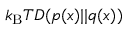
k _ { \mathrm { B } } T D ( p ( x ) | | q ( x ) )